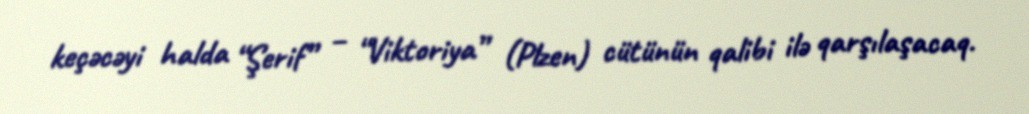
keçəcəyi halda “Şerif” – “Viktoriya” (Plzen) cütünün qalibi ilə qarşılaşacaq.